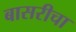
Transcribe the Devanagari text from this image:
बासरीचा